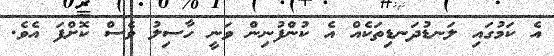
އެ ކަމުގައި ލަނޑުދަނޑިތަކެއް އެ ކުންފުނިން ވަނީ ހާސިލު ވެސް ކޮށްފަ އެވެ.